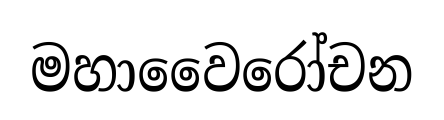
මහාවෛරෝචන